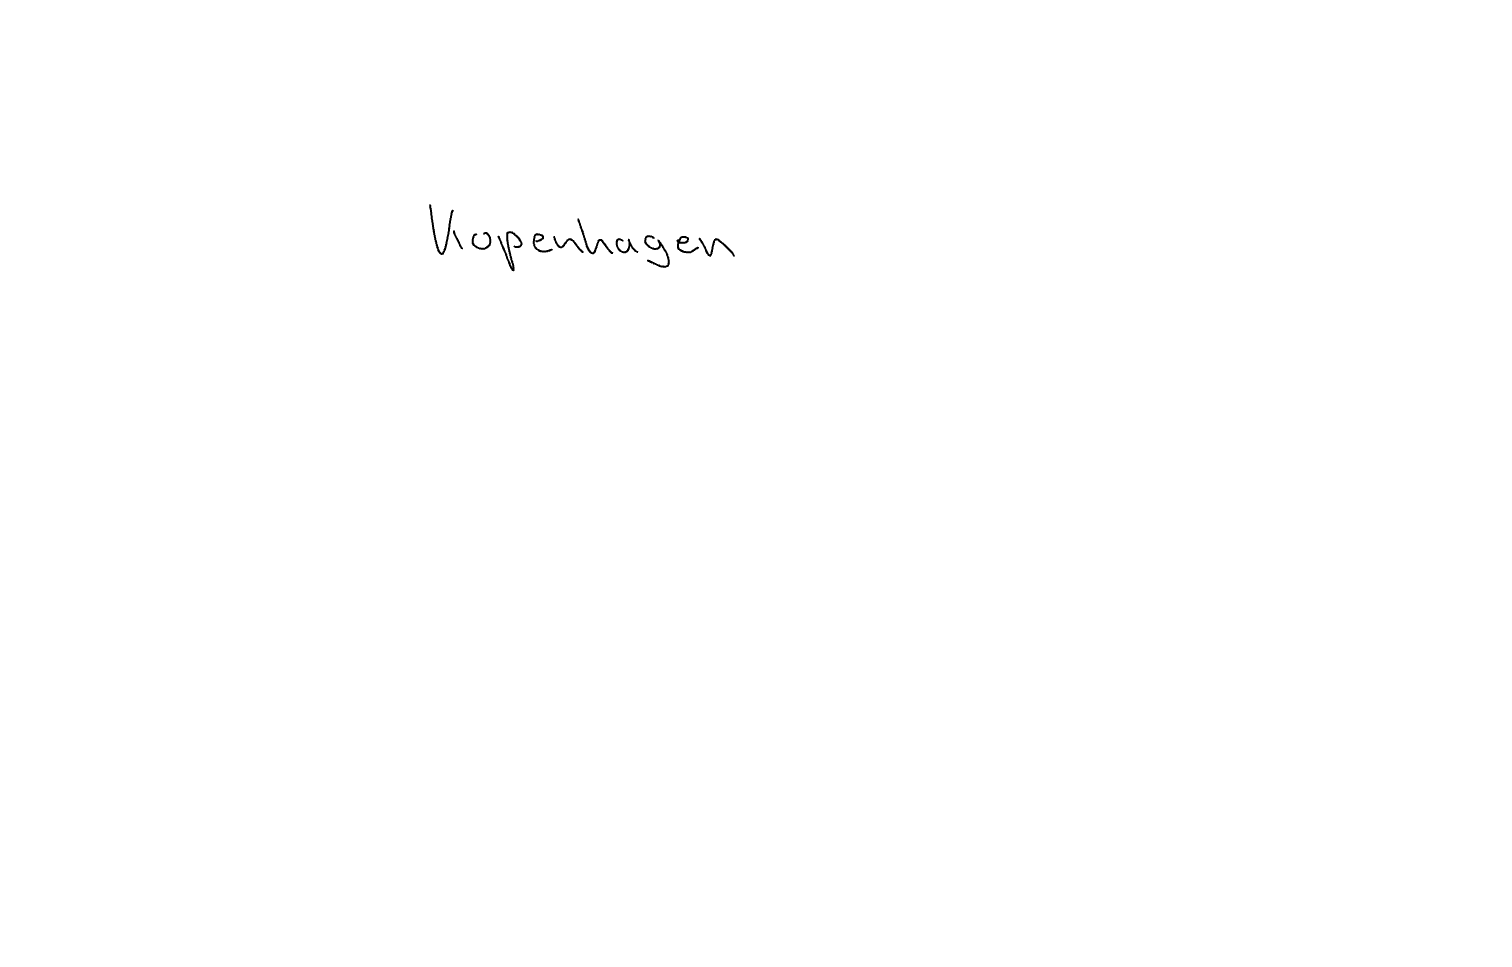
Text: Kopenhagen